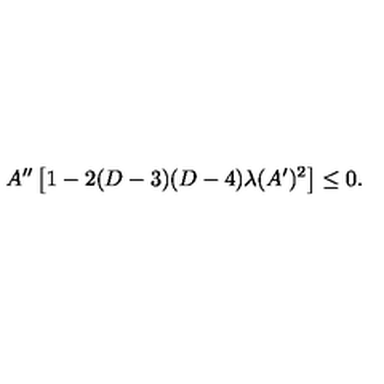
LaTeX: A ^ { \prime \prime } \left[ 1 - 2 ( D - 3 ) ( D - 4 ) \lambda ( A ^ { \prime } ) ^ { 2 } \right] \leq 0 .